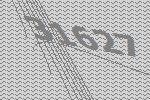
31627